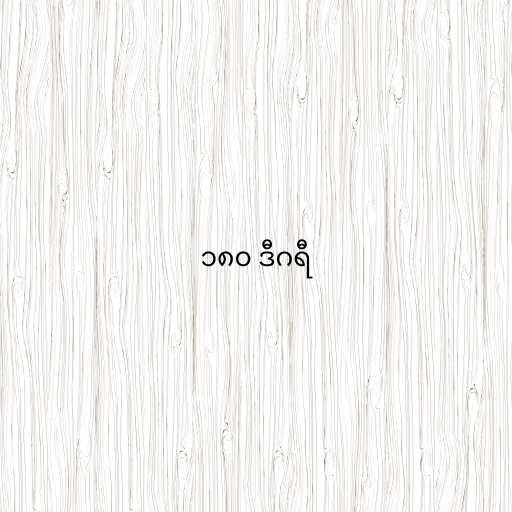
၁၈၀ ဒီဂရီ